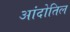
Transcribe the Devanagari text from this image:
आंदोतिल